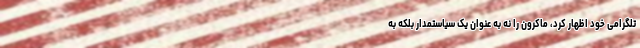
تلگرامی خود اظهار کرد، ماکرون را نه به عنوان یک سیاستمدار بلکه به